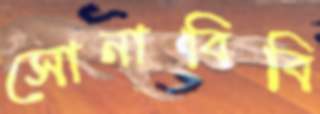
সোনাবিবি